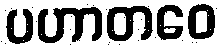
ပဟာတဝေ